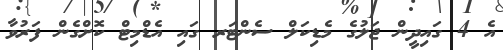
އެ 4 ގައިދީން ޖަލުގެ މެޑިކަލް ސެންޓަރ ގައި އެޑްމިޓް ކޮށްގެން ފަރުވާ